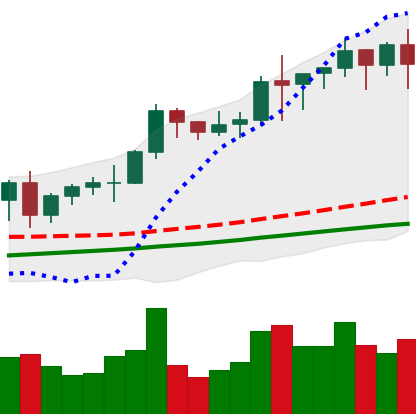
Ticker: BNB-USD
Chart end date: 2021-01-10
Forward return: -3.603%
Label: down_3_5